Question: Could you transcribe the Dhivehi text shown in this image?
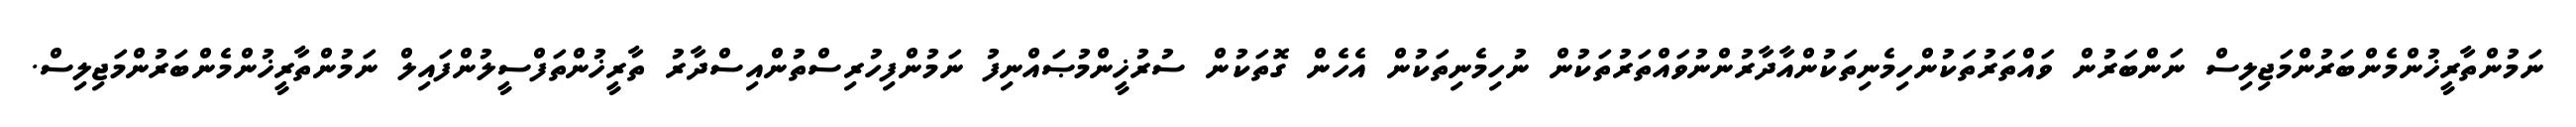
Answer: ނަމުންތާރީޚުންމެންބަރުންމަޖިލިސް ނަންބަރުން ވައްތަރުތަކުންހިމެނިތަކުންއާދާރުންނުވައްތަރުތަކުން ނުހިމެނިތަކުން އެހެން ގޮތަކުން ސުރުޚީންމުޞައްނިފު ނަމުންފިހުރިސްތުންއިސްދާރު ތާރީޚުންތަފްސީލުންފައިލް ނަމުންތާރީޚުންމެންބަރުންމަޖިލިސް.